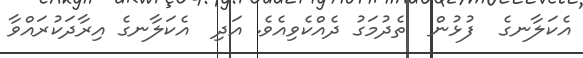
އެކަލާނގެ  ފުޅުން  ތެދުމަގު ދެއްކެވިއެވެ. އަދި  އެކަލާނގެ އިރާދަކުރައްވާ